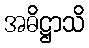
အဓိဋ္ဌာသိ